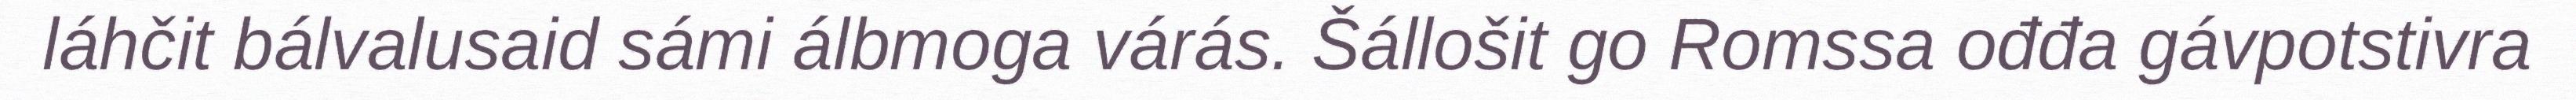
láhčit bálvalusaid sámi álbmoga várás. Šállošit go Romssa ođđa gávpotstivra